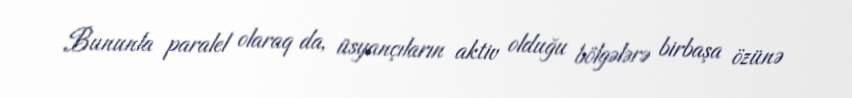
Bununla paralel olaraq da, üsyançıların aktiv olduğu bölgələrə birbaşa özünə